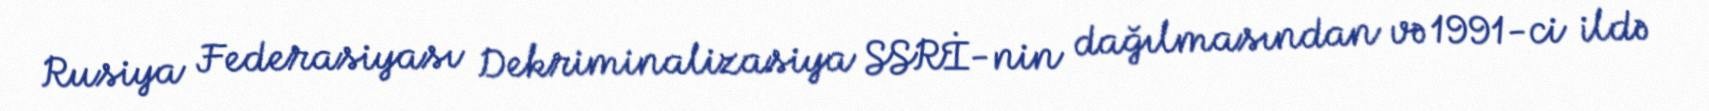
Rusiya Federasiyası Dekriminalizasiya SSRİ-nin dağılmasından və 1991-ci ildə